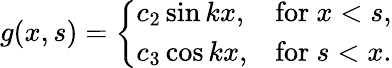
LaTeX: g(x,s)={\left\{ \begin{array}{ll}{c_{2}\sin kx,}&{{\mathrm{for~}}x<s,}\\ {c_{3}\cos kx,}&{{\mathrm{for~}}s<x.}\end{array}\right.}